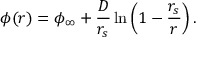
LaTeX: \phi ( r ) = \phi _ { \infty } + { \frac { D } { r _ { s } } } \ln \left( 1 - { \frac { r _ { s } } { r } } \right) .